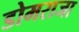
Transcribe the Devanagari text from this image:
डोमराजा